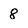
Character: 8